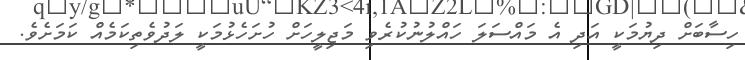
ހިސާބަށް ދިޔުމަކީ އަދި އެ މައްސަލަ ހައްލުނުކުރެވި މަޖިލީހަށް ހުށަހެޅުމަކީ ލަދުވެތިކަމެއް ކަމަށެވެ.